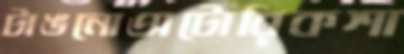
টাঙনোঅটোরিকশা